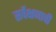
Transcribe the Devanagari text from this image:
सर्वेक्षणाची